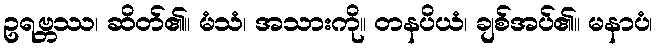
ဥရဗ္ဘဿ၊ ဆိတ်၏။ မံသံ၊ အသားကို။ တနပိယံ၊ ချစ်အပ်၏။ မနာပံ၊